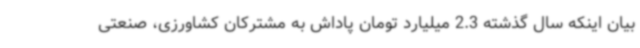
بیان اینکه سال گذشته 2.3 میلیارد تومان پاداش به مشترکان کشاورزی، صنعتی